画像に写った文字を読んでください
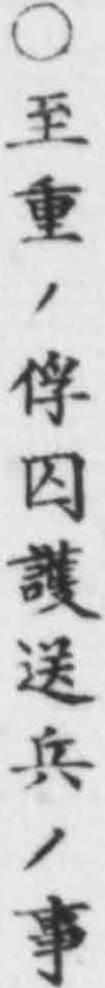
「○至重ノ俘囚護送兵ノ事」と書いてあります